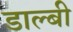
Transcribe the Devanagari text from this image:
डाल्बी